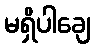
မရှိပါချေ